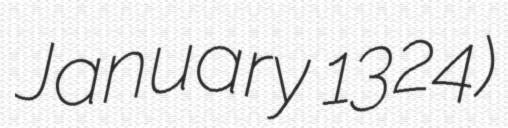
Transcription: January 1324)